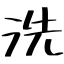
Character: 洗